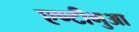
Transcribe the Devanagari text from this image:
एण्टीगुआ